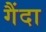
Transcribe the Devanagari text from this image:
गैंदा